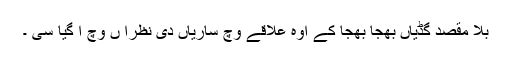
بلا مقصد گڈیاں بھجا بھجا کے اوہ علاقے وچ ساریاں دی نظرا ں وچ آ گیا سی ۔